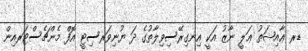
ޑރ ޢާއިޝަތު ޢަލީ ނާޒު އަކީ އިނގިރޭސިވިލާތުގެ ދަ ޔުނިވަރސިޓީ އޮފް މެންޗެސްޓަރއިން